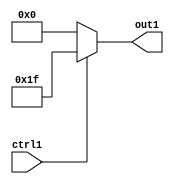
`timescale 1ps / 1ps
/*****************************************************************************
    Verilog RTL Description
    
    
    Created by: Stratus DpOpt 2019.1.01 
*******************************************************************************/

module fix2float_Muxi31i0u1_4_0 (
	ctrl1,
	out1
	); /* architecture "behavioural" */ 
input  ctrl1;
output [4:0] out1;
wire [4:0] asc001;

reg [4:0] asc001_tmp_0;
assign asc001 = asc001_tmp_0;
always @ (ctrl1) begin
	case (ctrl1)
		1'B1 : asc001_tmp_0 = 5'B11111 ;
		default : asc001_tmp_0 = 5'B00000 ;
	endcase
end

assign out1 = asc001;
endmodule

/* CADENCE  uLLxSg0= : u9/ySgnWtBlWxVPRXgAZ4Og= ** DO NOT EDIT THIS LINE ******/